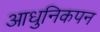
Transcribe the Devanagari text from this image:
आधुनिकपन